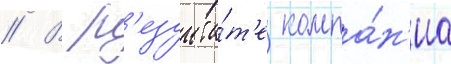
// В р'езульта́т'е компа́н'иа